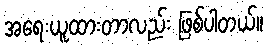
အရေးယူထားတာလည်း ဖြစ်ပါတယ်။